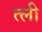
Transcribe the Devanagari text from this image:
त्ली